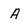
Character: A